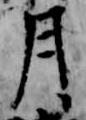
月